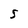
Character: s